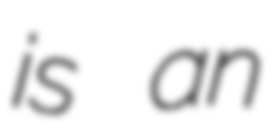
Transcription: is an